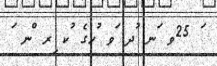
ަ 25ވ ަނ ުދ ަވ ުހގެ ުކ ިރ ްނ ަ